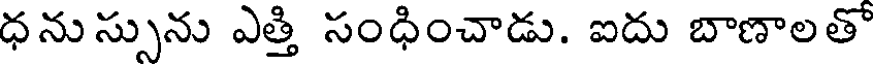
ధనుస్సును ఎత్తి సంధించాడు. ఐదు బాణాలతో